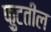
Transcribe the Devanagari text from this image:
फ़ुटतील